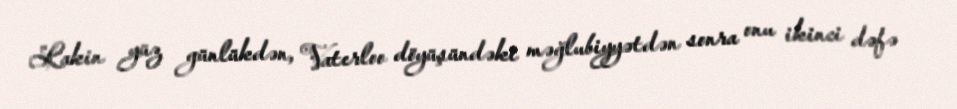
Lakin yüz günlükdən, Vaterloo döyüşündəki məğlubiyyətdən sonra onu ikinci dəfə